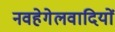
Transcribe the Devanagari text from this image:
नवहेगेलवादियों